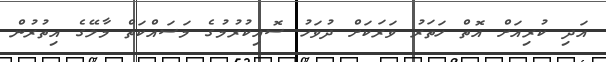
އަދި ކުރިއަށް އޮތް ހަތަރު ވަރަކަށް ދުވަހު ސޮއިކުރުމުގެ މަސައްކަތް މާލޭގެ އިތުރުން